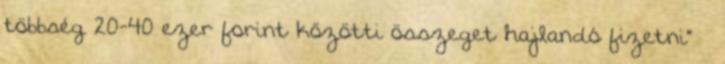
többség 20-40 ezer forint közötti összeget hajlandó fizetni” –